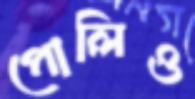
পোলিও